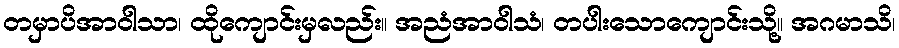
တမှာပိအာဝါသာ၊ ထိုကျောင်းမှလည်း။ အညံအာဝါသံ၊ တပါးသောကျောင်းသို့။ အဂမာသိ၊